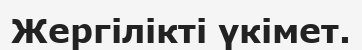
Жергілікті үкімет.